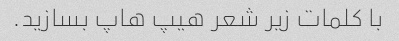
با کلمات زیر شعر هیپ هاپ بسازید.